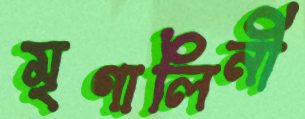
মৃণালিনী